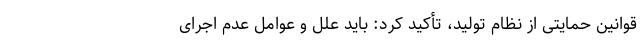
قوانین حمایتی از نظام تولید، تأکید کرد: باید علل و عوامل عدم اجرای